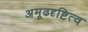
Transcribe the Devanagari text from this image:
अमूढदृष्टित्व